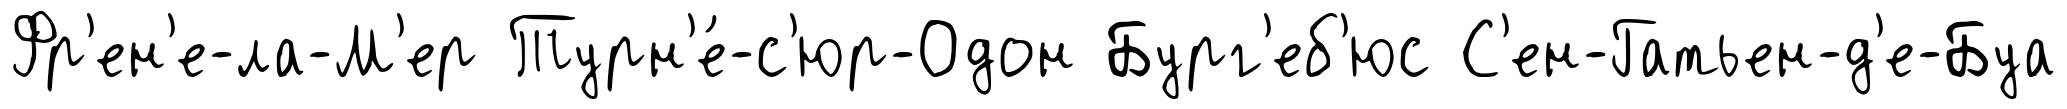
Фр'ен'е-ла-М'ер Турн'е́-с'юр-Одон Бург'еб'юс С'ен-Гатьен-д'е-Буа